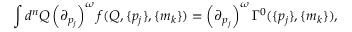
\int d ^ { n } Q \left( { \partial } _ { p _ { j } } \right) ^ { \omega } f ( Q , \{ p _ { j } \} , \{ m _ { k } \} ) = \left( { \partial } _ { p _ { j } } \right) ^ { \omega } \Gamma ^ { 0 } ( \{ p _ { j } \} , \{ m _ { k } \} ) ,